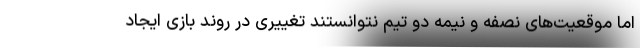
اما موقعیت‌های نصفه و نیمه دو تیم نتوانستند تغییری در روند بازی ایجاد